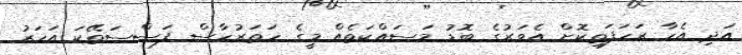
އަދި އެހާ ރަހަފަތިކޮށް އެވަރުގެ ބޮޑު މަސައްކަތެއް މީގެ ހަތަރުހާސް ފަސްސަތޭކަ އަހަރު